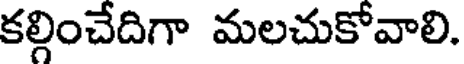
కల్గించేదిగా మలచుకోవాలి.